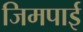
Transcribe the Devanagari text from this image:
जिमपाई